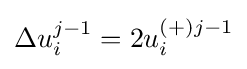
\Delta u_{i}^{j-1}=2u_{i}^{(+)j-1}